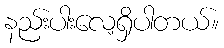
နည်းပါးလေ့ရှိပါတယ်။